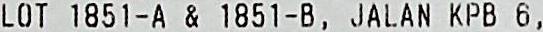
LOT 1851-A & 1851-B, JALAN KPB 6 ,